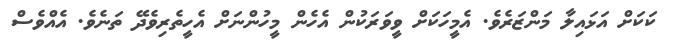
ކަކަށް އަޅައިލާ މަންޒަރެވެ. އެމީހަކަށް ވީވަރަކުން އެހެން މީހުންނަށް އެހީތެރިވެދޭ ތަނެވެ. އެއްވެސް